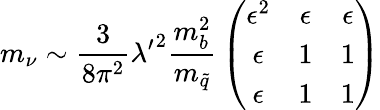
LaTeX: m_{\nu}\sim{\frac{3}{8\pi^{2}}}{\lambda^{\prime}}^{2}{\frac{m_{b}^{2}}{m_{\tilde{q}}}}\left(\begin{array}{ccc}{{\epsilon^{2}}}&{{\epsilon}}&{{\epsilon}}\\ {{\epsilon}}&{{1}}&{{1}}\\ {{\epsilon}}&{{1}}&{{1}}\end{array}\right)